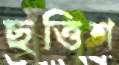
ছত্তিশ